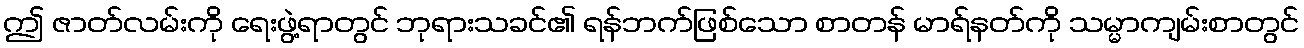
ဤ ဇာတ်လမ်းကို ရေးဖွဲ့ရာတွင် ဘုရားသခင်၏ ရန်ဘက်ဖြစ်သော စာတန် မာရ်နတ်ကို သမ္မာကျမ်းစာတွင်